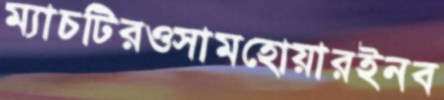
ম্যাচটিরওসামহোয়ারইনব